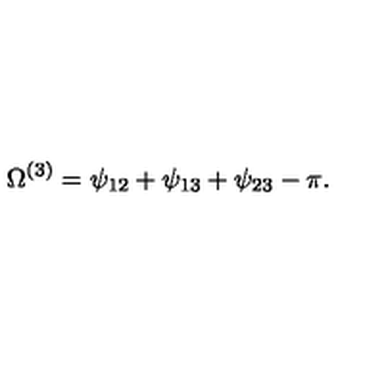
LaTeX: \Omega ^ { ( 3 ) } = \psi _ { 1 2 } + \psi _ { 1 3 } + \psi _ { 2 3 } - \pi .